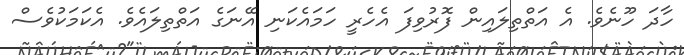
ހާދަ ހޫނެވެ. އެ އަތްތިލައިން ފޮރުވިފަ އެހެރީ ހަމައެކަނި އޭނަގެ އަތްތިލައެވެ. އެކަމަކުވެސް